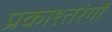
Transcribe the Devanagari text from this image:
प्रकाश्तरंगों